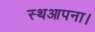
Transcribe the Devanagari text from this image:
स्थआपना।